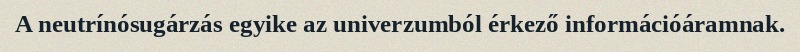
A neutrínósugárzás egyike az univerzumból érkező információáramnak.